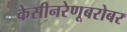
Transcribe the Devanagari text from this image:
केसीनरेणूबरोबर